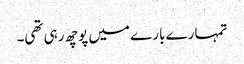
تمہارے بارے میں پوچھ رہی تھی۔